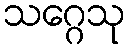
သဂ္ဂေသု